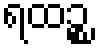
ရထဉ္စ